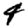
Digit: 4